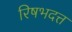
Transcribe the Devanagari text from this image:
रिषभदत्त